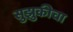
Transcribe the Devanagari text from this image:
सुझुकीचा